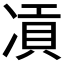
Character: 𠗸